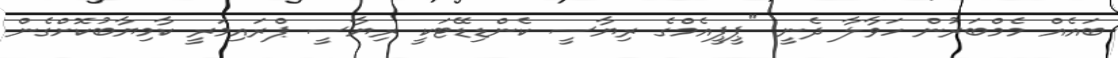
ބައެއް މެމްބަރުން ހަވާލާ ދެނީ "ޕީޕީއެމްގެ ރިޔާސީ ކެންޑިޑޭޓަކީ ރިޔާސީ ޕްރައިމަރީ ކާމިޔާބުކޮށްގެން